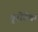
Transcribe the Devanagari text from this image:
यूरोटेक